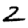
Digit: 2